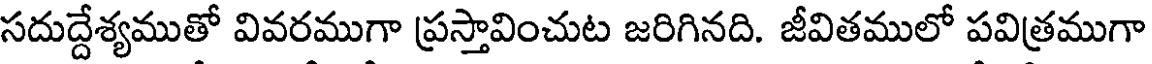
సదుద్దేశ్యముతో వివరముగా ప్రస్తావించుట జరిగినది. జీవితములో పవిత్రముగా